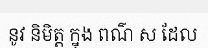
នូវ និមិត្ត ក្នុង ពណ៌ ស ដែល